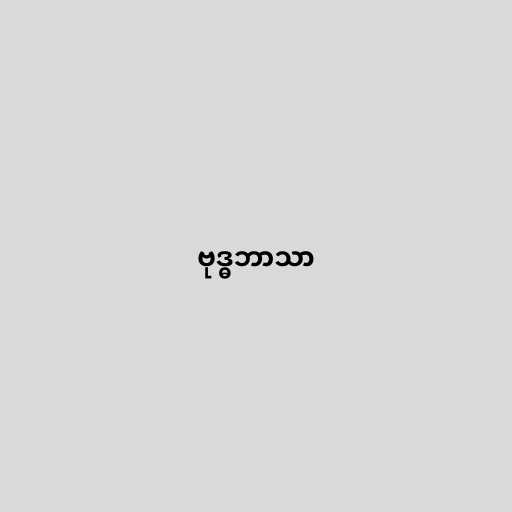
ဗုဒ္ဓဘာသာ